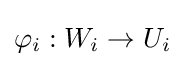
\varphi _{i}:W_{i}\rightarrow U_{i}